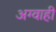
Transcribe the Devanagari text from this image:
अग्वाही